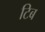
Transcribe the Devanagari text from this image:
टिब